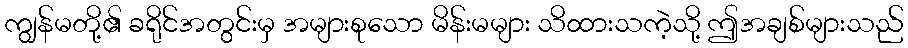
ကျွန်မတို့၏ ခရိုင်အတွင်းမှ အများစုသော မိန်းမများ သိထားသကဲ့သို့ ဤအချစ်များသည်